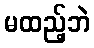
မထည့်ဘဲ